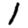
Digit: 1